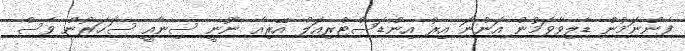
ފެންނަމުން ޑެލިވާވަމުން އަންނަ އިރު އިންޑަސްޓްރިއަލް އޭރިއާ ނޫނީ ސިނާއީ ސަހަރުން ވެސް